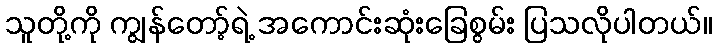
သူတို့ကို ကျွန်တော့်ရဲ့ အကောင်းဆုံးခြေစွမ်း ပြသလိုပါတယ်။